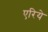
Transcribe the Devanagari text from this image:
एरिये